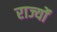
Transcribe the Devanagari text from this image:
राज्योंं